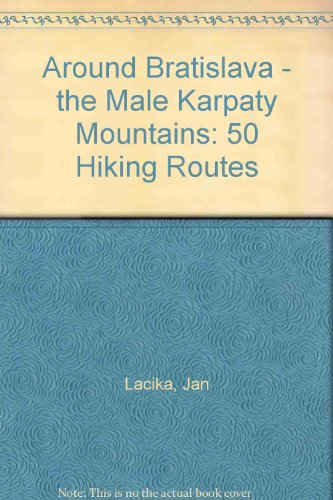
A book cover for Around Bratislava - the Male Karpaty Mountains: 50 Hiking Routes; Jan Lacika; Travel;